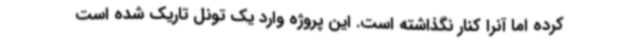
کرده اما آنرا کنار نگذاشته است. این پروژه وارد یک تونل تاریک شده است